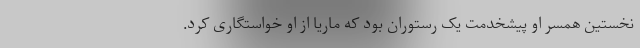
نخستین همسر او پیشخدمت یک رستوران بود که ماریا از او خواستگاری کرد.